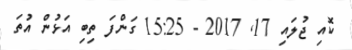
ކޮއި ޖުލައި 17